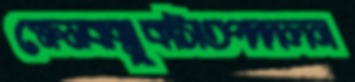
ক্ষেমবান্‌মুকসিতপদদলন